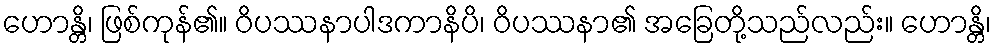
ဟောန္တိ၊ ဖြစ်ကုန်၏။ ဝိပဿနာပါဒကာနိပိ၊ ဝိပဿနာ၏ အခြေတို့သည်လည်း။ ဟောန္တိ၊